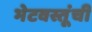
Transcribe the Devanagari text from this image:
भेटवस्तूंची